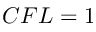
C F L = 1